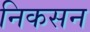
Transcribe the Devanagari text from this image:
निकसन